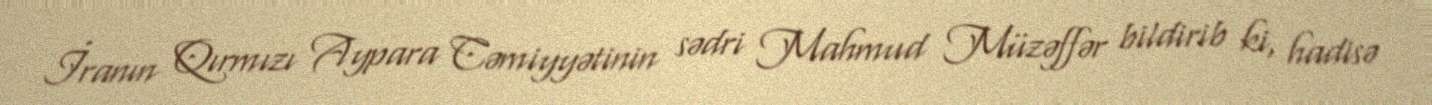
İranın Qırmızı Aypara Cəmiyyətinin sədri Mahmud Müzəffər bildirib ki, hadisə